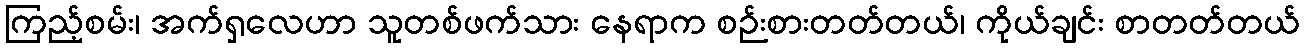
ကြည့်စမ်း၊ အက်ရှလေဟာ သူတစ်ဖက်သား နေရာက စဉ်းစားတတ်တယ်၊ ကိုယ်ချင်း စာတတ်တယ်